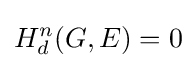
H_{d}^{n}(G,E)=0